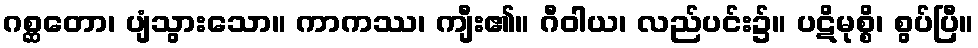
ဂစ္ဆတော၊ ပျံသွားသော။ ကာကဿ၊ ကျီး၏။ ဂီဝါယ၊ လည်ပင်း၌။ ပဋိမုစ္စိ၊ စွပ်ပြီ။